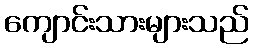
ကျောင်းသားများသည်